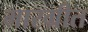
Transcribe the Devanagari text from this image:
मारग्रीत